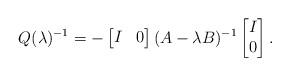
LaTeX: \begin{align*}Q(\lambda)^{-1} =-\begin{bmatrix}I & 0\end{bmatrix}(A-\lambda B)^{-1}\begin{bmatrix}I\\0\end{bmatrix}. \end{align*}